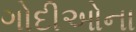
ગોદીઓના